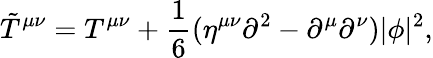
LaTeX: {\tilde{T}}^{\mu\nu}=T^{\mu\nu}+{\frac{1}{6}}(\eta^{\mu\nu}\partial^{2}-\partial^{\mu}\partial^{\nu})|\phi|^{2},